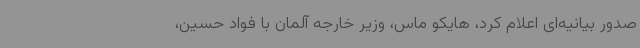
صدور بیانیه‌ای اعلام کرد، هایکو ماس، وزیر خارجه آلمان با فواد حسین،